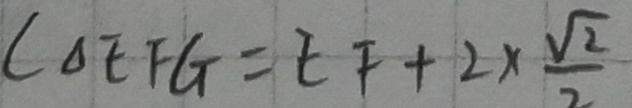
( \Delta E F G = E F + 2 \times \frac { \sqrt { 2 } } { 2 }